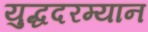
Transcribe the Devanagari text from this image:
युद्धदरम्यान